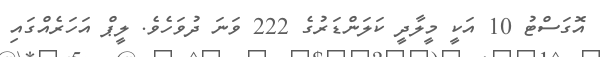
އޮގަސްޓު 10 އަކީ މީލާދީ ކަލަންޑަރުގެ 222 ވަނަ ދުވަހެވެ. ލީޕް އަހަރެއްގައި